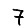
Digit: 7